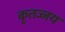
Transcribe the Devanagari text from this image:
कृतज्जय